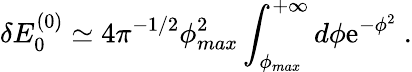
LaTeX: \delta E_{0}^{(0)}\simeq 4\pi^{-1/2}\phi_{max}^{2}\int_{\phi_{max}}^{+\infty}d\phi\mathrm{e}^{-\phi^{2}}\ .